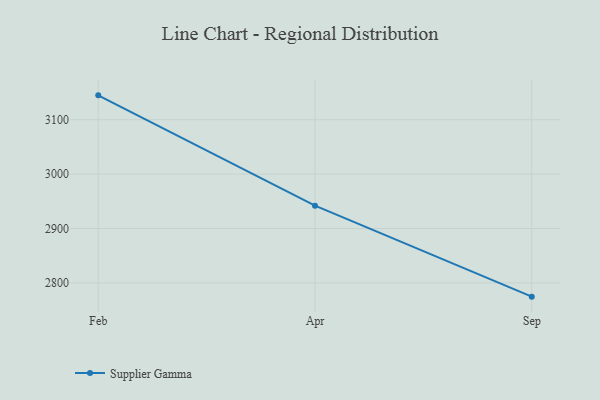
{"axis": {"x": "Month", "y": "Conversion Rate (%)"}, "legend": ["Supplier Gamma"], "data": [{"x": "Feb", "y": 3144.8, "type": "Supplier Gamma"}, {"x": "Apr", "y": 2942.1, "type": "Supplier Gamma"}, {"x": "Sep", "y": 2774.8, "type": "Supplier Gamma"}]}